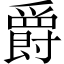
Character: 爵